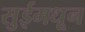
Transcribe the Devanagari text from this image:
सुईमधून